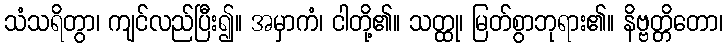
သံသရိတွာ၊ ကျင်လည်ပြီး၍။ အမှာကံ၊ ငါတို့၏။ သတ္ထု၊ မြတ်စွာဘုရား၏။ နိဗ္ဗတ္တိတော၊